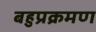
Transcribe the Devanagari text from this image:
बहुप्रक्रमण